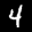
Label: 4